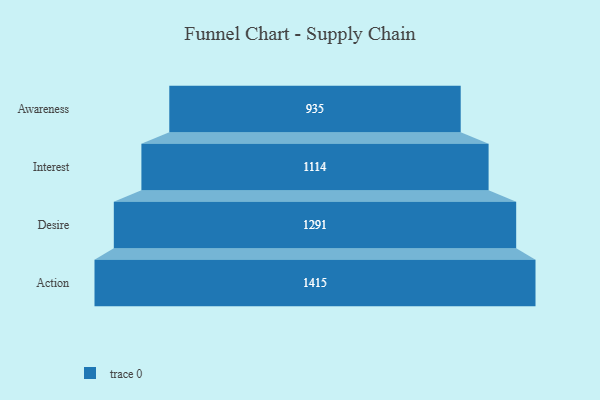
{"axis": {"x": "Stage", "y": "Value"}, "legend": [""], "data": [{"x": "Awareness", "y": 935.0, "type": ""}, {"x": "Interest", "y": 1114.0, "type": ""}, {"x": "Desire", "y": 1291.0, "type": ""}, {"x": "Action", "y": 1415.0, "type": ""}]}